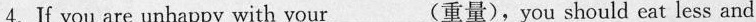
4.If you are unhappy with your___(重量),you should eat less and